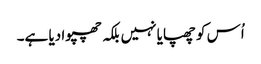
اُس کو چھپایا نہیں بلکہ چھپوا دیا ہے۔